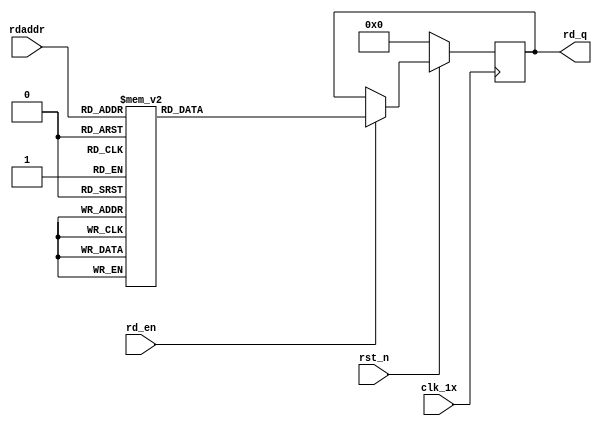
`timescale 1ns / 1ps
module F_normal_t12_next_Rom4(
input	          							clk_1x,
input	          							rst_n,
//////////////////////////////////////////////////////////////
input										rd_en,
input				[4:0]				rdaddr,
output		reg			[191:0]				rd_q
);

always @(posedge clk_1x)begin
	if(~rst_n)begin
		rd_q <= 192'b0;
	end
	else if(rd_en == 1'b1)begin
		case(rdaddr)
			5'h17: rd_q <= 192'b110100000011101001110100011110010011101010110011100001000101110010111100010001011000110111110110011011000100101010000000111110000001010100100000000101110000101110101101001110110111101100101001;
			5'h16: rd_q <= 192'b110010101110110100000000100000100110010011011111010001110101001101110111011100010111100111000101010101111010111110011010011001111110111110010001001101011111110111010011001100010010111100110111;
			5'h15: rd_q <= 192'b101111011000000100001100110001110100010010010010010100100110110100110110111111101101110011111101110111011011101101110010101011000001010100001000111000001111011001001100111110010101010111101000;
			5'h14: rd_q <= 192'b100110101011100001000101010111110011000111001111100111111101111010111101101111110000111000111001110110101100000001111110110011010010101101010010100011000111001111001011100100111010100101011001;
			5'h13: rd_q <= 192'b000010000001001000011010110000001100101101101001100111010110000001010010000001100001000111110100001001101000011001000001001100000010101100010110101101001000101100100010010101011111011000000101;
			5'h12: rd_q <= 192'b010010111111100011110110101100001100000100101100101000111000100010001101101111000101101001011010110010010100011110101010111000001011011000111101100100010101100001011000010001001001111000011011;
			5'h11: rd_q <= 192'b001111001100110111000111011011010110101000110101100111110100101100101011001001110111000111011101110111101000011101100110110110100000001111000011110111100101010011100010100010001111111111111000;
			5'h10: rd_q <= 192'b111101010001100101100001101010110011000111000101111101010010101111000001000010001001010000001110000101000011111110100101001111010000011000010000000111010001100110110001101010111110011001000100;
			5'h0f: rd_q <= 192'b111111001001011101000011000010001010111000011001000101000111101110101100011110110011010001001001101011101001111111110101010101100001001101011001001111001010100111101110111001000100000000111001;
			5'h0e: rd_q <= 192'b101001011110000111000101100010101011111101101111001000001111101100001010110010110000010011100110000001101001000110101000111101100001101011000011000101101000001010101001111001001100111010111011;
			5'h0d: rd_q <= 192'b000001011100100101001110010001111110101110100011101001000111100001111100111001000010110110001101101001001000010110001100000110101001101101001101101011100101101101001000001001010100011010110100;
			5'h0c: rd_q <= 192'b110110010111100001001011001100100010010011011111001101101100001011001001101000001110011001111001100010001000010011101101110111001111110111110111101010001101011011100100011011111101101100001011;
			5'h0b: rd_q <= 192'b010100110111111100101111111011110100001011110100101000011110011000111011110010010010111011111011000100110011101001000010011110010110010011011100010011100011100110110100101000101110101000001010;
			5'h0a: rd_q <= 192'b100101111011001010110110011110111110110010001101011000001000101000111101111001110111000110111000100000011101000101100011000000010111010101001001110100111001011110011111011110010011010100110000;
			5'h09: rd_q <= 192'b101100011111011100001010111101101000010110000001110110100010100001100101110000110010001111011110100010111000010011111001010011111110110010001001101001110010111011111110001001010011101011101100;
			5'h08: rd_q <= 192'b000101010000001101001001000000110111001011110110101011001011100000110111110111100101100100000110110101001000011111110010001100001111101010110001001111001001000000000100110011001010110011010000;
			5'h07: rd_q <= 192'b111110110100101000001011001000110011000100100111001010000011010000111011000001010110011111100101011111101000011011101010100110010100111101100001110011000101100101101001010110101010010001010000;
			5'h06: rd_q <= 192'b000111000000111000000010000001111111111011000101000110110111000000100110000110010001000011100000100001100001100000011000100010111101111001011110001001101000100001100001010001110101011000101010;
			5'h05: rd_q <= 192'b010010011011110100010111001010010101000001111000110010110100000000011110101011100010011010110011010001111011110110001110100100110011000101011011111001010101011010011111100000001010110111100010;
			5'h04: rd_q <= 192'b000011011010110110110000000100001101110000010100111000010110110001001011010010111110011001010101111011101001100000100001011100100001100001011011110100001010111111001101100011010100011101111011;
			5'h03: rd_q <= 192'b100100010001111001100010011001111110100110110001110011000001100100110010001111010101011101001001100000011100001100001111000111000011101110000000000100011010110001000100100010010111100101110110;
			5'h02: rd_q <= 192'b000010100100100001000001011001101010010111010000001001110111110100010110111011111111000001000101110011001000011111111000011010111100011010010101010110101000101000111001010111011100110110001100;
			5'h01: rd_q <= 192'b101110000010110100000110000001001100000101001111100101100101010110011111011100011010010011111101000111111010001101000111011111000111010001110110100010011101010011110001100111111001101101110000;
			5'h00: rd_q <= 192'b110000100000110110110101011101011000110101111100111010011011111011110010111010011110001100010110010000111000000011110010111011101000110111001101100001010110010001011101111100111110111001111011;
		default:rd_q <= 192'b0;
		endcase
	end
end

endmodule